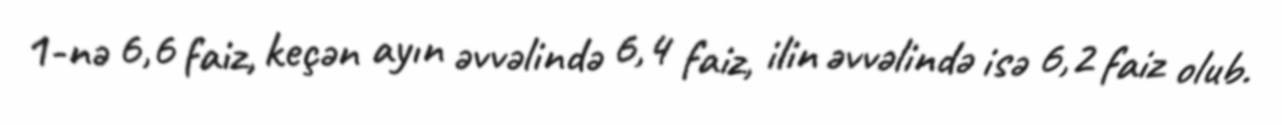
1-nə 6,6 faiz, keçən ayın əvvəlində 6,4 faiz, ilin əvvəlində isə 6,2 faiz olub.